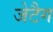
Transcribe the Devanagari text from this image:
जेटैग